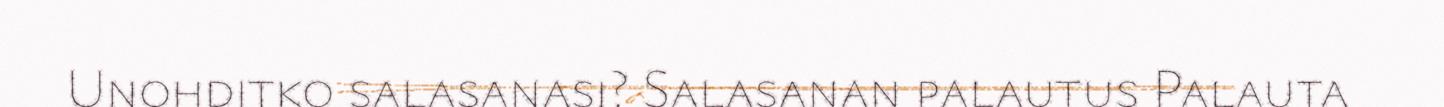
Unohditko salasanasi? Salasanan palautus Palauta